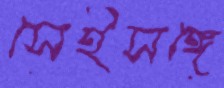
সেইসঙ্গে